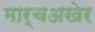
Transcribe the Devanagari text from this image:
मार्चअखेर